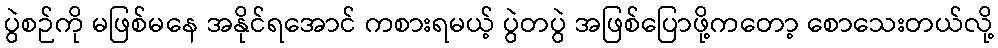
ပွဲစဉ်ကို မဖြစ်မနေ အနိုင်ရအောင် ကစားရမယ့် ပွဲတပွဲ အဖြစ်ပြောဖို့ကတော့ စောသေးတယ်လို့